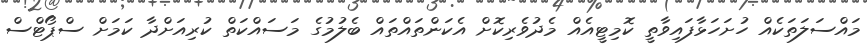
މައްސަލަތަކެއް ހުށަހަޅާފައިވާތީ ކޮމިޓީއެއް މެދުވެރިކޮށް އެކަންތައްތައް ބެލުމުގެ މަސައްކަތް ކުރިއަށްދާ ކަމަށް ސްޕޯޓްސް